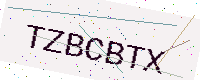
Text: TZBCBTX